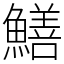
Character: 鱔